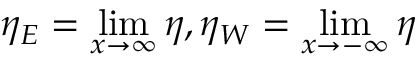
\eta _ { E } = \operatorname* { l i m } _ { x \to \infty } \eta , \eta _ { W } = \operatorname* { l i m } _ { x \to - \infty } \eta